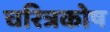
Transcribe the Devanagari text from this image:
चरित्रकोष